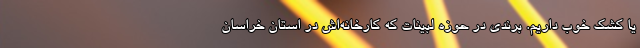
یا کشک خوب داریم. برندی در حوزه لبینات که کارخانه‌اش در استان خراسان